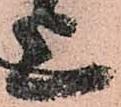
上